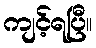
ကျင့်ရပြီ။